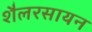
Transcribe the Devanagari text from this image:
शैलरसायन